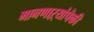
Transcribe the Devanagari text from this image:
मानणाऱ्यांपैकी